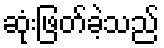
ဆုံးဖြတ်ခဲ့သည်